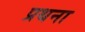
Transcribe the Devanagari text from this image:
प्रथना